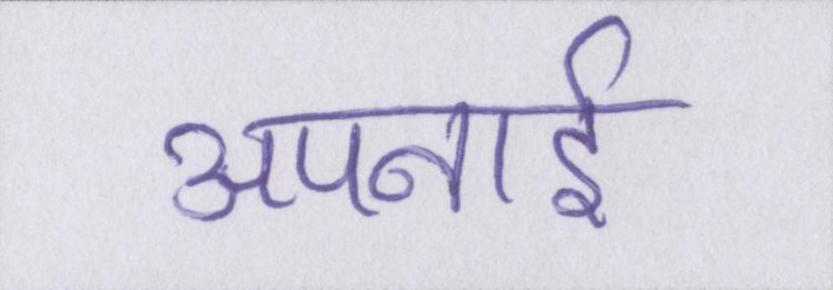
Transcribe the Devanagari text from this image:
अपनाई